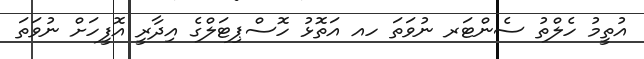
އުތީމު ހެލްތު ސެންޓަރ ނުވަތަ ހއ އަތޮޅު ހޮސްޕިޓަލްގެ އިދާރީ އޮފީހަށް ނުވަތަ